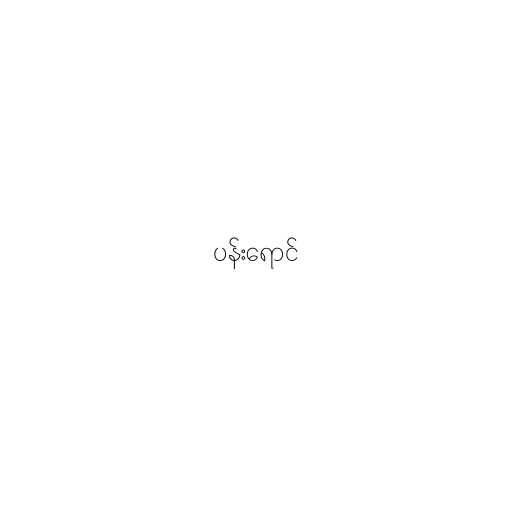
ပန်းရောင်